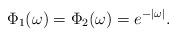
LaTeX: \begin{align*} \Phi_1 (\omega)=\Phi_2(\omega)=e^{-|\omega|}. \end{align*}